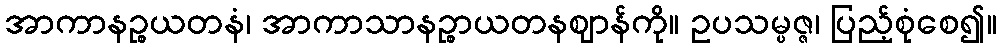
အာကာနဉ္စယတနံ၊ အာကာသာနဉ္စာယတနဈာန်ကို။ ဥပသမ္ပဇ္ဇ၊ ပြည့်စုံစေ၍။